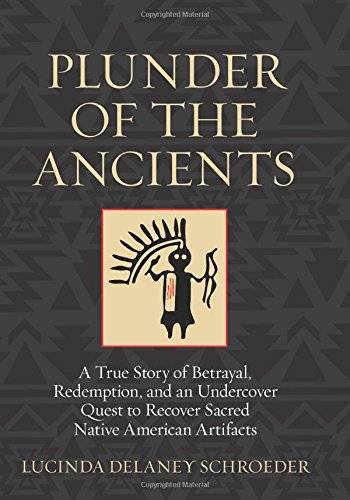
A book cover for Plunder of the Ancients: A True Story of Betrayal, Redemption, and an Undercover Quest to Recover Sacred Native American Artifacts; Lucinda Schroeder; Biographies & Memoirs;